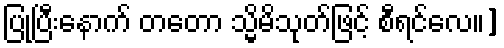
ပြုပြီးနောက် တတော သ္မိမိသုတ်ဖြင့် စီရင်လေ။]